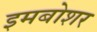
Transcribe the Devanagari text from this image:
इमबोशर